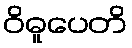
ဝိဓူပေတိ